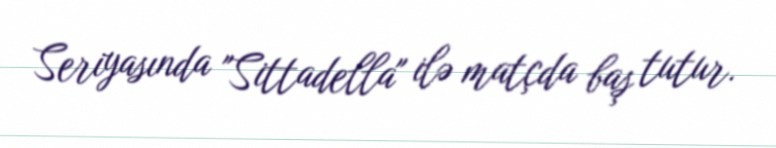
Seriyasında "Sittadella" ilə matçda baş tutur.